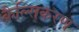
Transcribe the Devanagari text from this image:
कैल्सिकरण